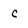
Character: C